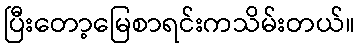
ပြီးတော့မြေစာရင်းကသိမ်းတယ်။